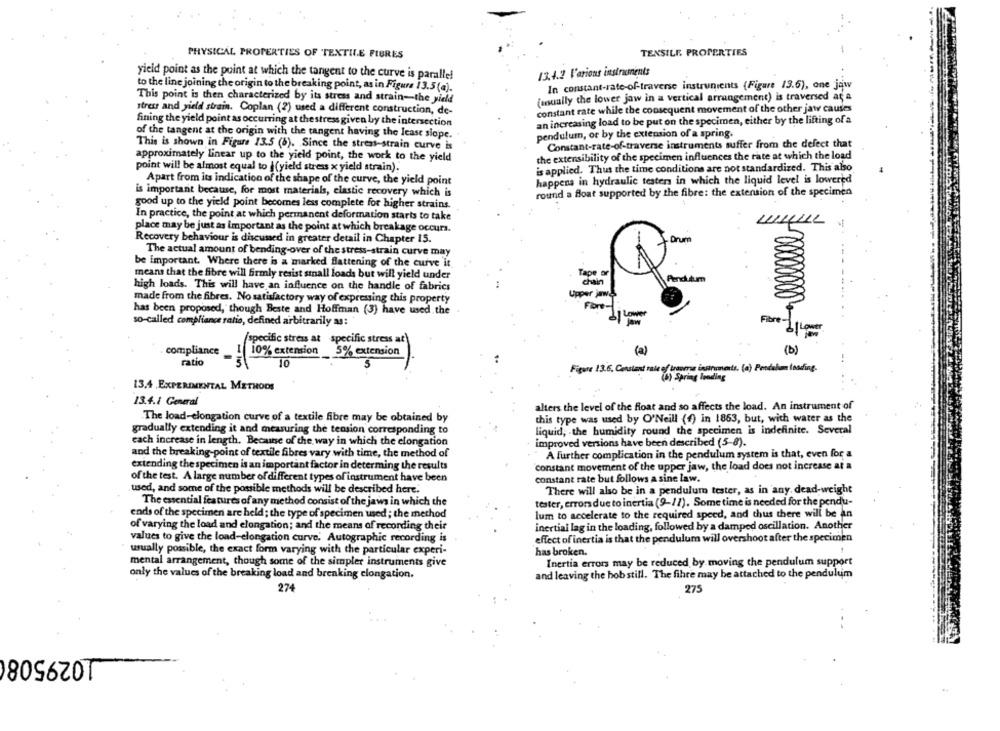
TENSILE. PROPERTIES
PHYSICAL PROPERTIES OF TEXTILE FIURES
13.4.2 l'arious instruments
yield point as the point at which the tangent to the curve is parallel
to the line joining the origin to the breaking point, as in Figure 13.5 (a).
In constant-rate-of-traverse instrunients (Figure 13.6), one jąw
This point is then characterized by its stress and strain-the yield
(usually the lower jaw in a vertical arrangement) is traversed at a
constant rate while the consequent movement of the other jaw causes
stress and yield strain. Coplan (2) used a different construction, de-
fining the yield point as occurring at the stress given by the intersection
an increasing load to be put on the specimen, either by the lifting of a
of the tangent at the origin with the tangent having the lease slope.
pendulum, or by the extension of a spring.
This is shown in Figure 13.5 (6). Since the stress-strain curve is
Constant-rate-of-traverse instruments suffer from the defect that
approximately linear up to the yield point, the work to the yield
the extensibility of the specimen influences the rate at which the load
point will be almost equal to }(yield stress x yield strain).
is applied. Thus the time conditions are not standardized. This also
Apart from its indication of the shape of the curve, the yield point
happens in hydraulic tester in which the liquid level is lowered
is important because, for most materials, elastic recovery which is
round a float supported by the fibre: the extension of the specimen
good up to the yield point becomes less complete for higher strains.
In practice, the point at which permanent deformation starts to take
place may be just as important as the point at which breakage occurs.
Recovery behaviour is discussed in greater detail in Chapter 15.
Drum
The actual amount of bending-over of the stress-strain curve may
be important. Where there is a marked flattening of the curve it
means that the fibre will firmly resist stall loads but will yield under
Tape or
high loads. This will have an influence on the handle of fabrics
chain
Pendium
Upper jawe
made from the fibres. No satisfactory way of expressing this property
Fibre-
has been proposed, though Beste and Hoffman (3) have used the
Lower
so-called compliance ratio, defined arbitrarily as:
Fibre-
/specific stress at specific stress at)
compliance
10% extension
(a)
(b)
5% extension
ratio
10
Figure 13.6. Constant rale of tranerss instruments. (a) Pondahmm loading.
(4) Spring lending
13.4 EXPERIMENTAL METHODS
13.4.2 General
alters the level of the float and so affects the load. An instrument of
The load-elongation curve of a textile fibre may be obtained by
this type was used by O'Neill (f) in 1853, but, with water as the
gradually extending it and measuring the tension corresponding to
liquid, the humidity round the specimen is indefinite. Several
each increase in length. Because of the way in which the elongation
improved versions have been described (5-8).
and the breaking-point of textile fibres vary with time, the method of
A further complication in the pendulum system is that, even for a
extending the specimen is an important factor in determing the results
constant movement of the upper jaw, the load does not increase at a
of the test. A large number of different types of instrument have been
constant rate but follows a sine law.
used, and some of the possible methods will be described here.
There will also be in a pendulum tester, as in any. dead-weight
The essential features of any method consist of the jaws in which the
tester, errors due to inertia (9-11). Some time is needed for the pendu-
ends of the specimen are held ; the type of specimen used ; the method
lum to accelerate to the required speed, and thus there will be an
of varying the load and elongation; and the means of recording their
inertial lag in the loading, followed by a damped oscillation. Another
values to give the load-elongation curve. Autographic recording is
effect of inertia is that the pendulum will overshoot after the specimen
usually possible, the exact form varying with the particular experi-
has broken.
mental arrangement, though some of the simpler instruments give
Inertia errors may be reduced by moving the pendulum support
only the values of the breaking load and breaking elongation.
and leaving the bob still. The fihre may be attached to the pendulum
274
275
1029508